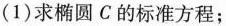
(1)求椭圆C的标准方程；